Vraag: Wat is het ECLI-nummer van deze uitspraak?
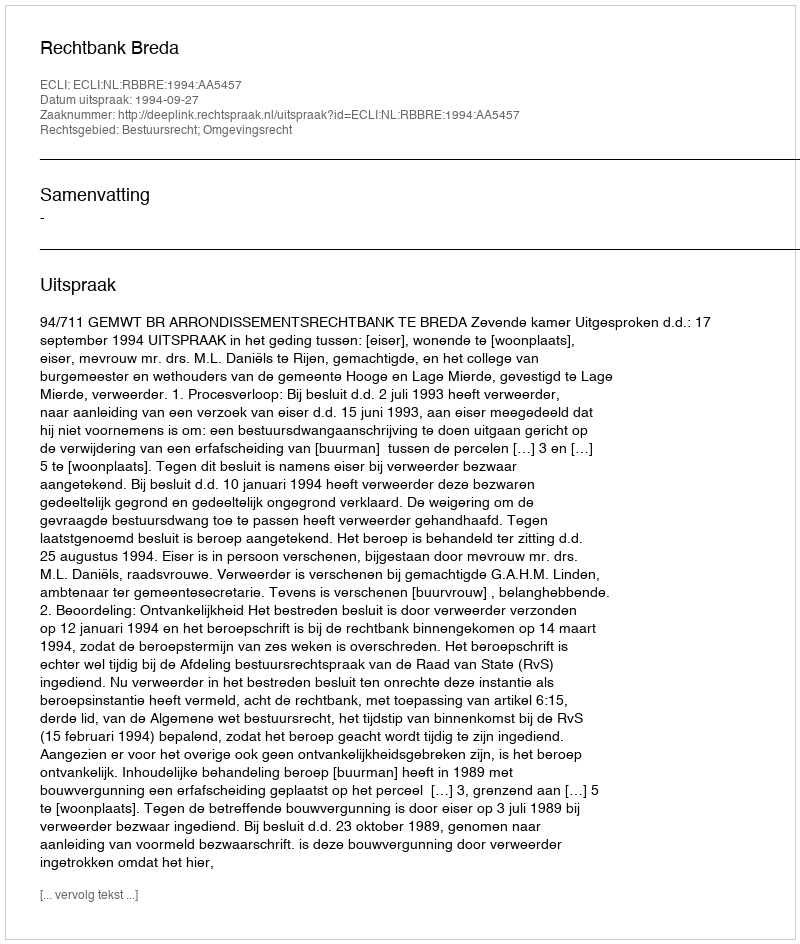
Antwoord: ECLI:NL:RBBRE:1994:AA5457